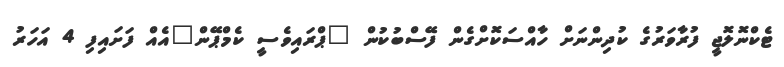
ޓެކްނޮލޮޖީ ފުރާވަރުގެ ކުދިންނަށް ހާއްސަކޮށްގެން ފޭސްބުކުން "ޕްރައިވެސީ ކެމްޕޭން"އެއް ފަށައިފި 4 އަހަރު